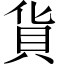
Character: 貨